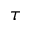
\boldsymbol { \tau }